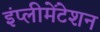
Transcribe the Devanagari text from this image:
इंप्लीमेंटेशन